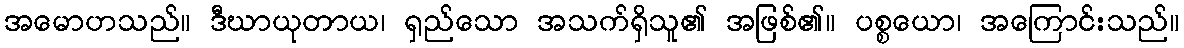
အမောဟသည်။ ဒီဃာယုတာယ၊ ရှည်သော အသက်ရှိသူ၏ အဖြစ်၏။ ပစ္စယော၊ အကြောင်းသည်။